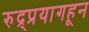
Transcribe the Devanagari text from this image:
रुद्र्प्रयागहून